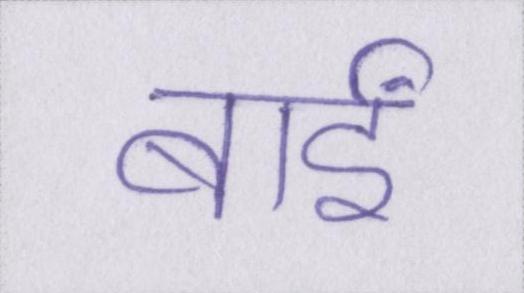
बाईं